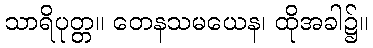
သာရိပုတ္တ။ တေနသမယေန၊ ထိုအခါ၌။